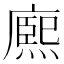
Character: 𭙼